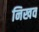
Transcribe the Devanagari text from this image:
निखव